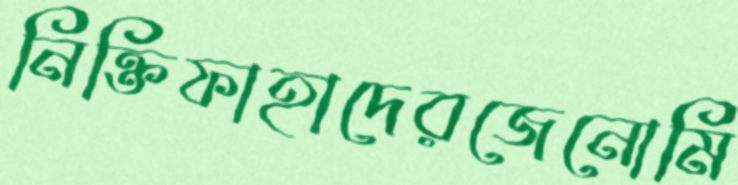
নিক্তিফাহাদেরজেনোমি